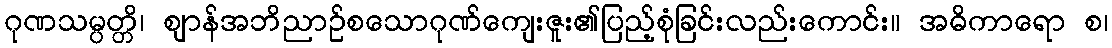
ဂုဏသမ္ပတ္တိ၊ ဈာန်အဘိညာဉ်စသောဂုဏ်ကျေးဇူး၏ပြည့်စုံခြင်းလည်းကောင်း။ အဓိကာရော စ၊